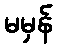
မမှန်